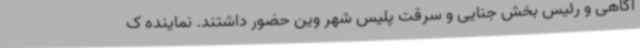
آگاهی و رئیس بخش جنایی و سرقت پلیس شهر وین حضور داشتند. نماینده ک